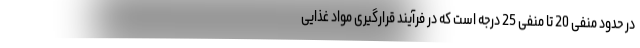
در حدود منفی 20 تا منفی 25 درجه است که در فرآیند قرارگیری مواد غذایی